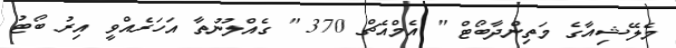
މެލޭޝިއާގެ މަތިންދާބޯޓް " އެމްއެޗް 370 " ގެއްލުނުތާ އަހަރެއްވީ އިރު ބޯޓު